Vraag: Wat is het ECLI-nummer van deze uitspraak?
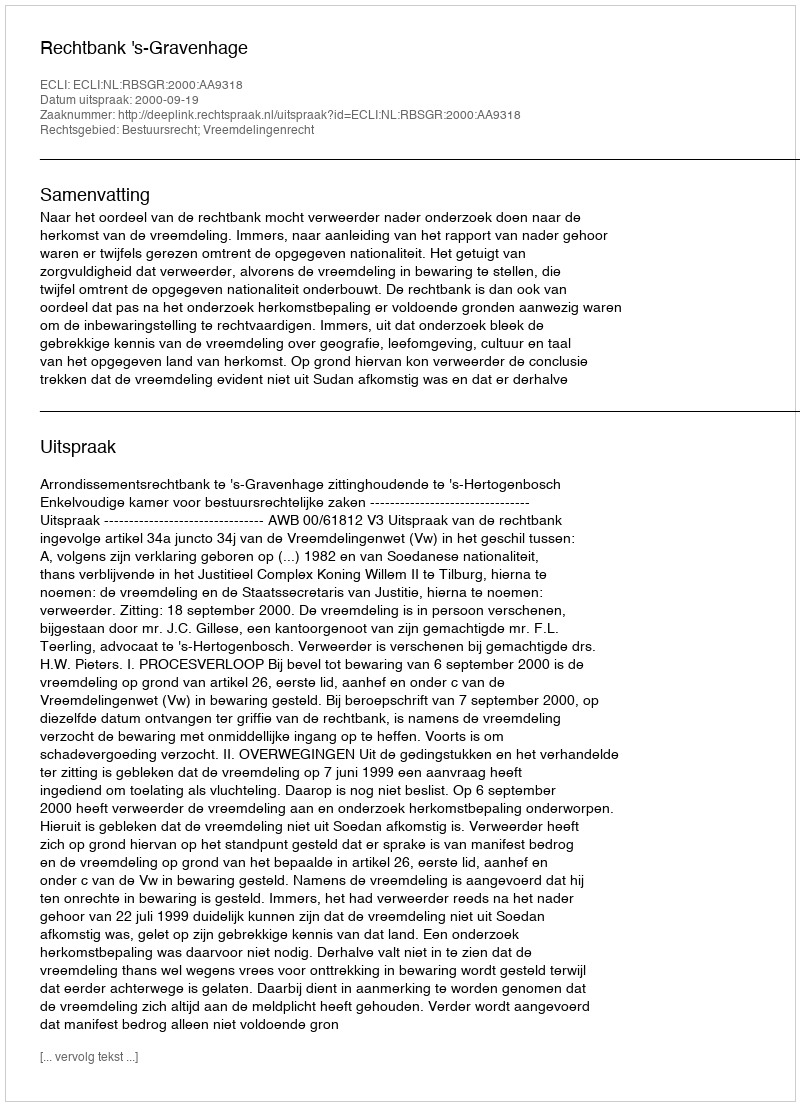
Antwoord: ECLI:NL:RBSGR:2000:AA9318